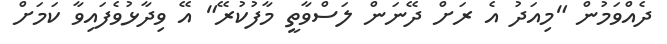
ދެއްވަމުން "މިއަދު އެ ރަށް ދޭނަން ލަސްވާތީ މާފުކުރޭ" އޭ ވިދާޅުވެފައިވާ ކަމަށް